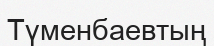
Түменбаевтың